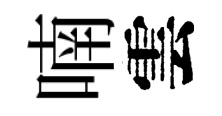
喃雲